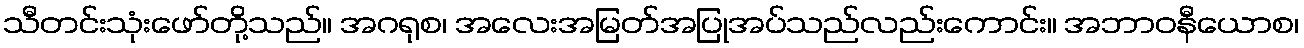
သီတင်းသုံးဖော်တို့သည်။ အဂရုစ၊ အလေးအမြတ်အပြုအပ်သည်လည်းကောင်း။ အဘာဝနီယောစ၊